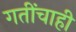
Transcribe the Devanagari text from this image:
गतींचाही